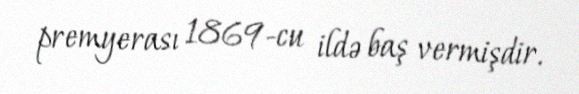
premyerası 1869-cu ildə baş vermişdir.